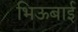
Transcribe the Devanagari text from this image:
भिऊबाई